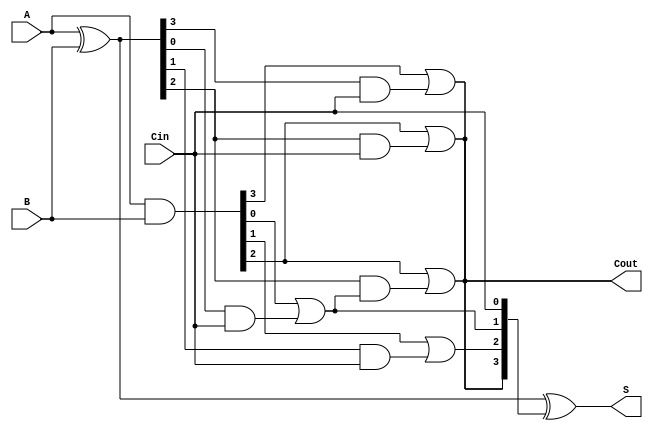
module KoggeStoneAdder #(
    parameter n = 4 // You can set the width as needed (e.g., 4, 8, 16, etc.)
)(
    input  [n-1:0] A,
    input  [n-1:0] B,
    input          Cin,
    output [n-1:0] S,
    output         Cout
);

    // Intermediate signals
    wire [n-1:0] G; // Generate signals
    wire [n-1:0] P; // Propagate signals
    wire [n:0] C;   // Carry signals (C[0] = Cin)

    // Generate and Propagate computation
    assign G = A & B;        // Generate
    assign P = A ^ B;        // Propagate
    assign C[0] = Cin;       // Initial carry
    
    // Carry computation stages
    genvar i, j;
    generate
        // Stage 1: Compute C[1] to C[n]
        for (i=0; i<n; i=i+1) begin : stage1
            assign C[i+1] = G[i] | (P[i] & C[0]);
        end
        
        // Additional stages for log2(n) levels
        // This requires log2(n) stages, and we'll iterate through them
        for (j=1; j <= $clog2(n); j=j+1) begin : carry_stages
            for (i=0; i < n; i=i+1) begin : carry_gen
                if (i < (1 << j)) begin
                    assign C[i + (1 << j)] = G[i + (1 << (j-1))] | (P[i + (1 << (j-1))] & C[i]);
                end
            end
        end
    endgenerate

    // Sum computation
    assign S = P ^ C[n-1:0]; // Sum output

    // Final carry out
    assign Cout = C[n];

endmodule